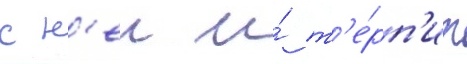
с н'еи и́ т'е́рп'ит